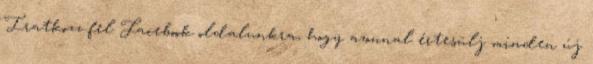
Iratkozz fel Facebook oldalunkra, hogy azonnal értesülj minden új